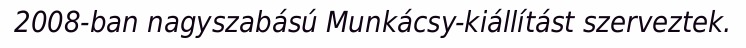
2008-ban nagyszabású Munkácsy-kiállítást szerveztek.